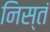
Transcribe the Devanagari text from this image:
निस्तं